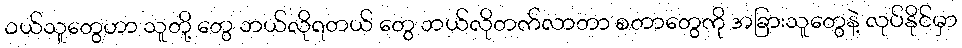
ဝယ်သူတွေဟာ သူတို့ တွေ ဘယ်လိုရတယ် တွေ ဘယ်လိုတက်လာတာ စတာတွေကို အခြားသူတွေနဲ့ လုပ်နိုင်မှာ